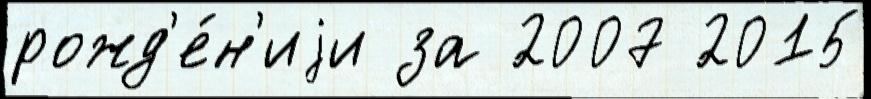
рожд'е́н'иjи за 2007 2015